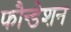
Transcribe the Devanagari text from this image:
फौन्डेशन